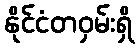
နိုင်ငံတဝှမ်းရှိ